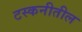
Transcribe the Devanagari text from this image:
टस्कनीतील